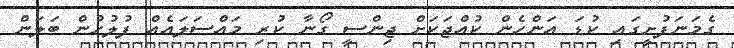
ގެމަނަފުށީގައި ކުޑަ އަންހެން ކުއްޖަކަށް ޖިންސީ ގޯނާ ކުރި މައްސަލައެއް ފުލުހުން ބަލަން